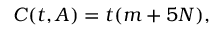
C ( t , A ) = t ( m + 5 N ) ,